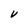
Character: V